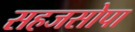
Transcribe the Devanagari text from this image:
सहजसोपा